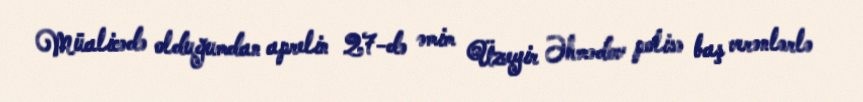
Müalicədə olduğumdan aprelin 27-də əmim Üzeyir Əhmədov polisə baş verənlərlə